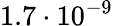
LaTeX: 1.7\cdot 10^{-9}